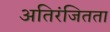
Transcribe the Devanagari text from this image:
अतिरंजितता